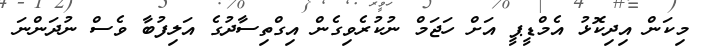
މިކަން އިދިކޮޅު އެމްޑީޕީ އަށް ހަޖަމް ނުކުރެވިގެން އިގްތިސާދުގެ އަލިފުބާ ވެސް ނުދަންނަ